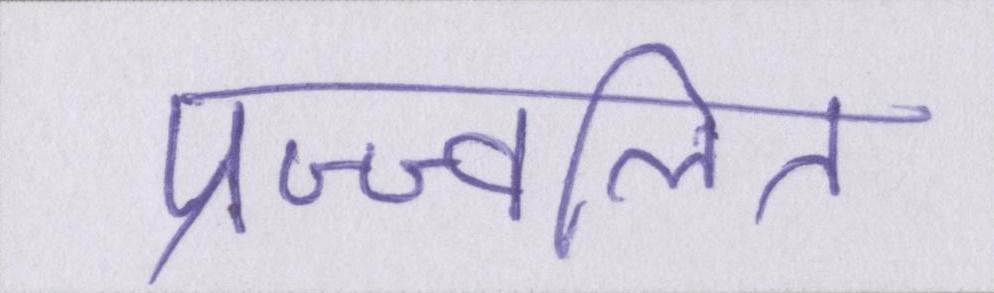
प्रज्ज्वलित